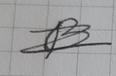
Signature authenticity: forged